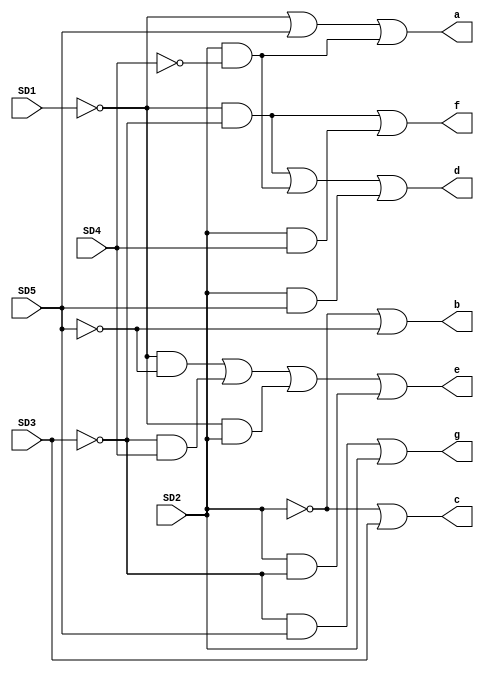
module echo_display (
    input SD1,
    input SD2,
    input SD3,
    input SD4,
    input SD5,
    output a,
    output b,
    output c,
    output d,
    output e,
    output f,
    output g
);

    assign a = (~SD1 | SD5 | (SD2 & ~SD4));
    assign b = (~SD2 | ~SD5);
    assign c = (~SD2 | SD3);
    assign d = ((~SD1 & ~SD3) | (SD2 & ~SD4) | (SD2 & SD5));
    assign e = ((~SD1 & ~SD5) | (~SD3 & SD4) | (~SD1 & SD2) | (SD2 & ~SD3));
    assign f = ((~SD1 & ~SD3) | (SD2 & SD4));
    assign g = ((~SD3 & SD5) | SD2);

endmodule